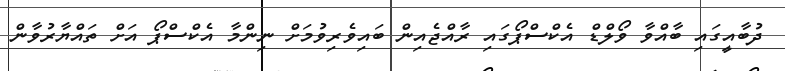
ދުބާއީގައި ބާއްވާ ވޯލްޑް އެކްސްޕޯގައި ރާއްޖެއިން ބައިވެރިވުމަށް ނިންމާ އެކްސްޕޯ އަށް ތައްޔާރުވާން